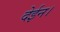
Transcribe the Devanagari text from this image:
देईन।